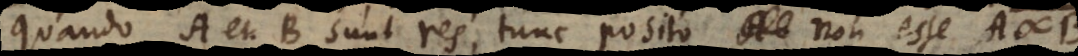
quando A et B sunt res, tunc posito A non esse A